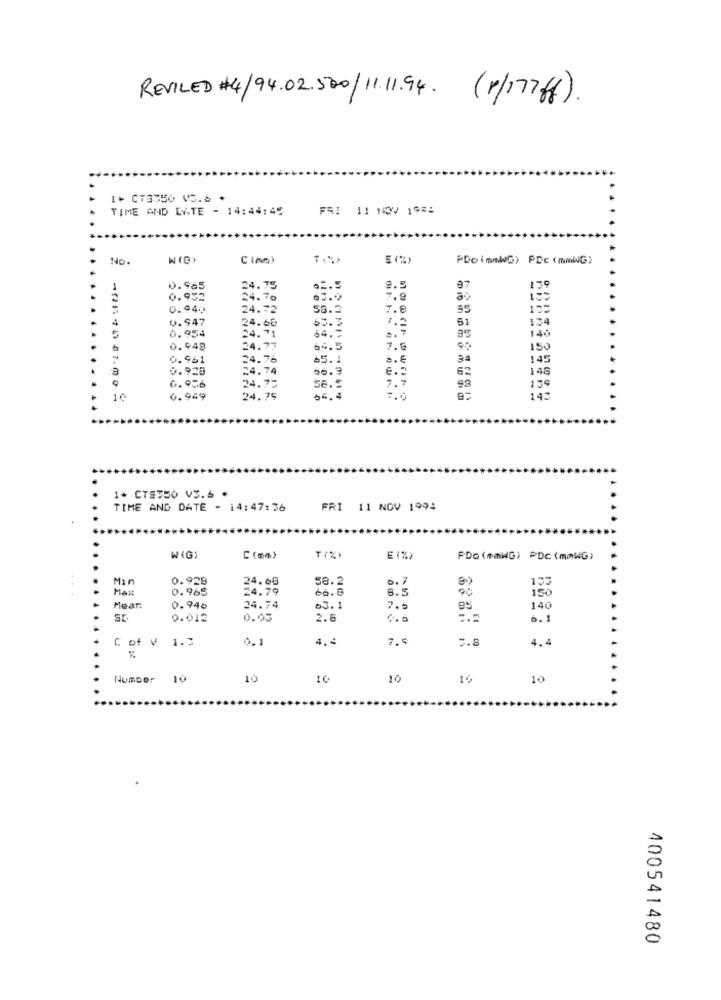
REVILED #4/94.02.500/ 11.11.94. (r/17768).
1+ CT3350 V.6 .
TIME AND DATE - 14:44:45
FRI 11 NOV 1926
No
5 (%)
PDoimmWG) PDc (mmWG)
0.965
24.
9.5
a7
139
0.952
24.70
63.9
7.9
0.940
24.72
58.2
7.8
4
v.947
24.60
65.3
1.2
51
134
0.954
64 .=
8. 7
24.71
140
6
0.948
24.77
64.5
7.6
90
150
0.961
24.76
65.1
34
145
0. 928
24.
66.9
62
148
24.75
7.7
t.mo
6.956
se .:
139
0.949
24.75
54.4
7.0
142
1* CTS350 V3.6 .
TIME AND DATE - 14:47:36
FRI 11 NOV 1994
W(G)
T(%I
E (%)
PDo (emWG) PDC (mmWG)
0.928
24.60
58.2
6.7
135
Max
0.965
24.79
66. 6
8.5
150
Mear:
0.94₺
24.74
63.1
7.5
14
0.012
0.05
2.8
6.1
0.1
4.4
7.5
5.8
4.4
C of V 1.3
Number 10
10
10
10
10
10
400541480